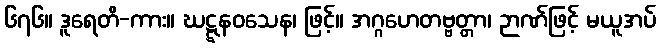
၆၇၆။ ဒူရေတိ-ကား။ ဃဋ္ဋနဝသေန၊ ဖြင့်။ အဂ္ဂဟေတဗ္ဗတ္တာ၊ ဉာဏ်ဖြင့် မယူအပ်